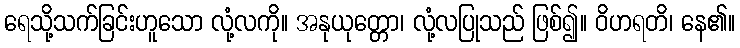
ရေသို့သက်ခြင်းဟူသော လုံ့လကို။ အနုယုတ္တော၊ လုံ့လပြုသည် ဖြစ်၍။ ဝိဟရတိ၊ နေ၏။